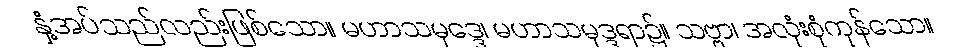
နှံ့အပ်သည်လည်းဖြစ်သော။ မဟာသမုဒ္ဒေ၊ မဟာသမုဒ္ဒရာ၌။ သဗ္ဗာ၊ အလုံးစုံကုန်သော။